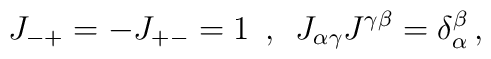
J_{-+}=-J_{+-}=1  \hspace{2mm}, \hspace{2mm}J_{\alpha\gamma}J^{\gamma\beta}=\delta^{\beta}_{\alpha}\,,